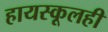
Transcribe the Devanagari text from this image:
हायस्कूलही